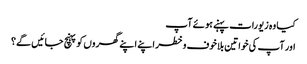
کیا وہ زیورات پہنے ہوئے آپ
اور آپ کی خواتین بلاخوف وخطر اپنے اپنے گھروں کو پہنچ جائیں گے؟